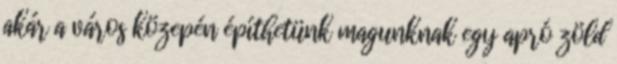
akár a város közepén építhetünk magunknak egy apró zöld